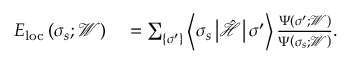
\begin{array} { r l } { E _ { \mathrm { l o c } } \left( \boldsymbol { \sigma } _ { s } ; \mathcal { W } \right) } & { { } = \sum _ { \left\{ \boldsymbol { \sigma } ^ { \prime } \right\} } \left\langle \boldsymbol { \sigma } _ { s } \left| \hat { \mathcal { H } } \right| \boldsymbol { \sigma } ^ { \prime } \right\rangle \frac { \Psi \left( \boldsymbol { \sigma } ^ { \prime } ; \mathcal { W } \right) } { \Psi \left( \boldsymbol { \sigma } _ { s } ; \mathcal { W } \right) } . } \end{array}